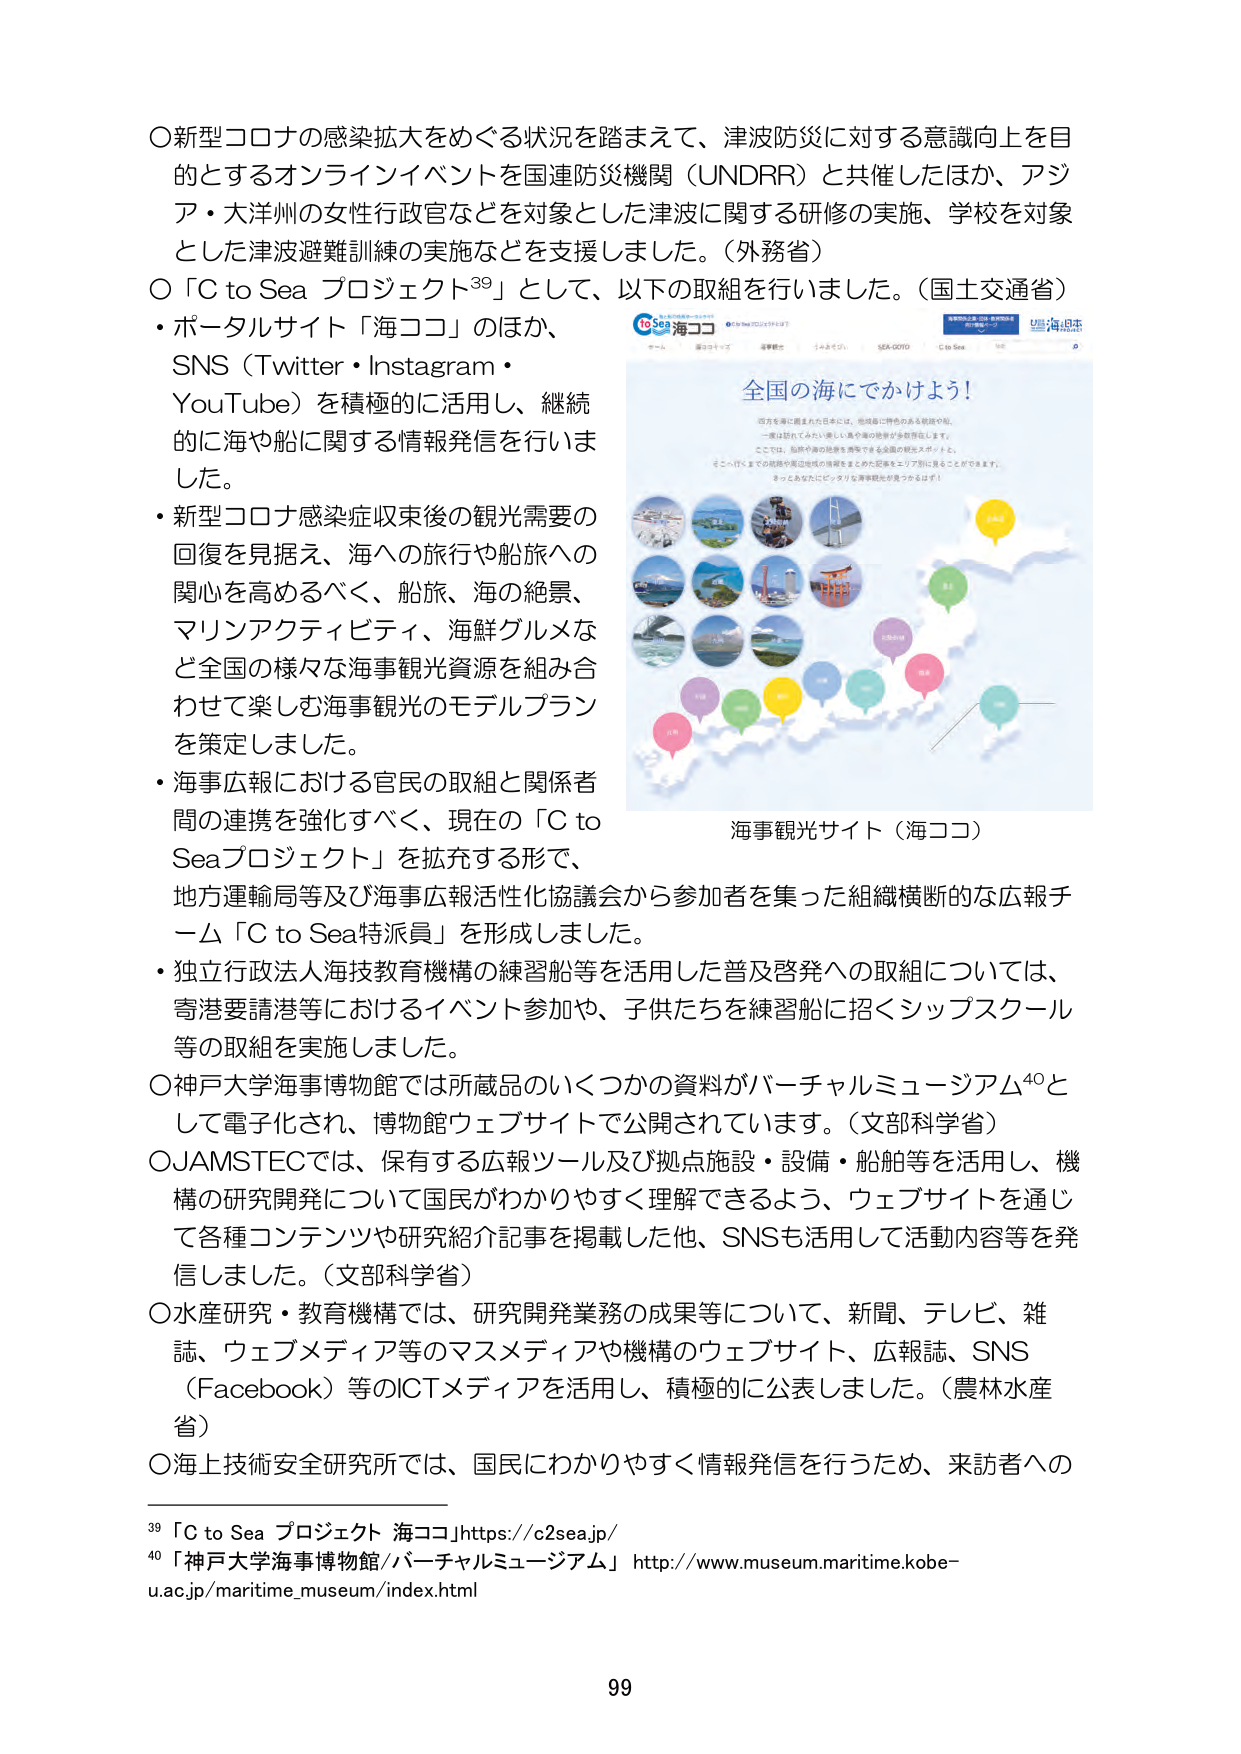
〇新型コロナの感染拡大をめぐる状況を踏まえて、津波防災に対する意識向上を目的とするオンラインイベントを国連防災機関（UNDRR）と共催したほか、アジア・大洋州の女性行政官などを対象とした津波に関する研修の実施、学校を対象とした津波避難訓練の実施などを支援しました。（外務省）

〇「C to Sea プロジェクト³⁹」として、以下の取組を行いました。（国土交通省）
・ポータルサイト「海ココ」のほか、
SNS（Twitter・Instagram・YouTube）を積極的に活用し、継続的に海や船に関する情報発信を行いました。
・新型コロナ感染症収束後の観光需要の回復を見据え、海への旅行や船旅への関心を高めるべく、船旅、海の絶景、マリンアクティビティ、海鮮グルメなど全国の様々な海事観光資源を組み合わせて楽しむ海事観光のモデルプランを策定しました。
・海事広報における官民の取組と関係者間の連携を強化すべく、現在の「C to Seaプロジェクト」を拡充する形で、地方運輸局等及び海事広報活性化協議会から参加者を集った組織横断的な広報チーム「C to Sea特派員」を形成しました。
・独立行政法人海技教育機構の練習船等を活用した普及啓発への取組については、寄港要請港等におけるイベント参加や、子供たちを練習船に招くシップスクール等の取組を実施しました。

〇神戸大学海事博物館では所蔵品のいくつかの資料がバーチャルミュージアム⁴⁰として電子化され、博物館ウェブサイトで公開されています。（文部科学省）

〇JAMSTECでは、保有する広報ツール及び拠点施設・設備・船舶等を活用し、機構の研究開発について国民がわかりやすく理解できるよう、ウェブサイトを通じて各種コンテンツや研究紹介記事を掲載した他、SNSも活用して活動内容等を発信しました。（文部科学省）

〇水産研究・教育機構では、研究開発業務の成果等について、新聞、テレビ、雑誌、ウェブメディア等のマスメディアや機構のウェブサイト、広報誌、SNS（Facebook）等のICTメディアを活用し、積極的に公表しました。（農林水産省）

〇海上技術安全研究所では、国民にわかりやすく情報発信を行うため、来訪者への

³⁹「C to Sea プロジェクト 海ココ」https://c2sea.jp/
⁴⁰「神戸大学海事博物館/バーチャルミュージアム」 http://www.museum.maritime.kobe-u.ac.jp/maritime_museum/index.html

海事観光サイト（海ココ）

全国の海ででかけよう！
四方を海に囲まれた日本には、地域毎に特色のある景観や船、
一度は訪れてみたい美しい海や港の絶景が多数存在します。
ここでは、船旅や海の絶景を満喫できる全国の観光スポットを、
そこへ行くまでの路線や周辺地域の情報をまとめた記事をエリア別に見ることができます。
きっとあなたにピッタリな海事観光が見つかるはず！

to Sea 海ココ
ホーム 海ココって？ 海事観光 うみあそび SEA-GOTO C to Sea など

99